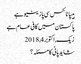
ہیپاٹائٹس سی پازیٹیو ہے
پاکستان میں کافی عام ہے
زیک, ‏اکتوبر 4, 2018
شاید پانی کا مسئلہ؟